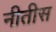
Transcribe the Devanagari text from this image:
नीतीस